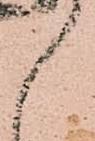
候